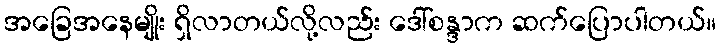
အခြေအနေမျိုး ရှိလာတယ်လို့လည်း ဒေါ်စန္ဒာက ဆက်ပြောပါတယ်။